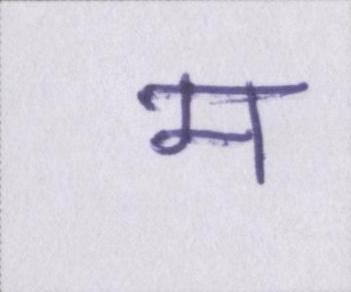
म